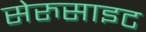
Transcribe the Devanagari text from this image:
सेरुसाइट